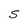
Character: S